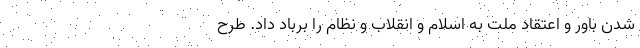
شدن باور و اعتقاد ملت به اسلام و انقلاب و نظام را برباد داد. طرح